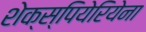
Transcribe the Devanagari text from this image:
शेक्स्पियेरियेना